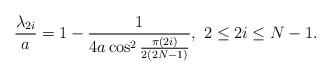
LaTeX: \begin{align*}\frac{\lambda_{2i}}{a}=1-\frac{1}{4a\cos^2 \frac{\pi(2i)}{2(2N-1)}},~2\leq 2i \leq N-1.\end{align*}